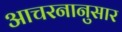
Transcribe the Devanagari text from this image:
आचरनानुसार